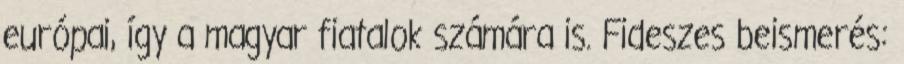
európai, így a magyar fiatalok számára is. Fideszes beismerés: